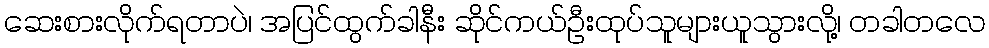
ဆေးစားလိုက်ရတာပဲ၊ အပြင်ထွက်ခါနီး ဆိုင်ကယ်ဦးထုပ်သူများယူသွားလို့၊ တခါတလေ